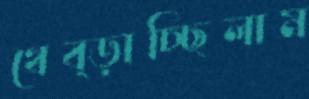
থেব্‌ড়াচ্ছিলাম